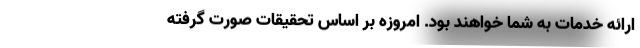
ارائه خدمات به شما خواهند بود. امروزه بر اساس تحقیقات صورت گرفته